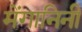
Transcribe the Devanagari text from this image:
मेंगानिनी